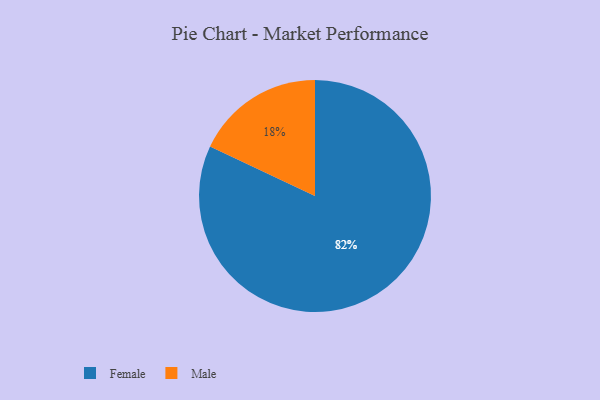
{"axis": {"x": "Category", "y": "Percentage"}, "legend": ["Female", "Male"], "data": [{"x": "Male", "y": 18, "type": "Male"}, {"x": "Female", "y": 82, "type": "Female"}]}